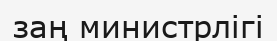
заң министрлігі